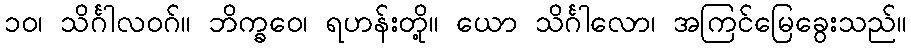
၁၀၊ သိင်္ဂါလဝဂ်။ ဘိက္ခဝေ၊ ရဟန်းတို့။ ယော သိင်္ဂါလော၊ အကြင်မြေခွေးသည်။